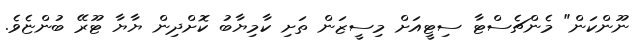
ނޫންކަން" މެންޗެސްޓާ ސިޓީއަށް މިސީޒަން ތަށި ކާމިޔާބު ކޮށްދިން ޔާޔާ ޓޫރޭ ބުންޏެވެ.